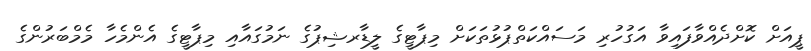
ޕީއަށް ކޮށްދެއްވާފައިވާ އަގުހުރި މަސައްކަތްޕުޅުތަކަށް މިޕާޓީގެ ލީޑާރޝިޕުގެ ނަމުގައާއި މިޕާޓީގެ އެންމެހާ މެމްބަރުންގެ